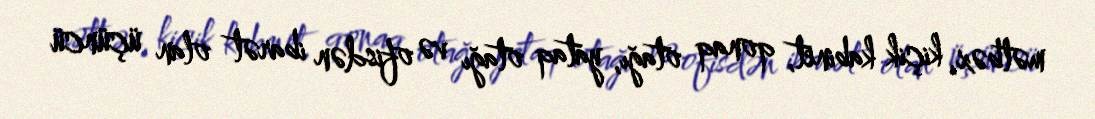
mətbəx, kiçik kabinet, qonaq otağı, yataq otağı və ofisdən ibarət olan üçüncü